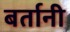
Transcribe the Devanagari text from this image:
बर्तानी